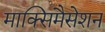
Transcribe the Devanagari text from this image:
माक्सिमैसेशन